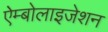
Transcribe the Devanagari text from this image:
ऐम्बोलाइजेशन